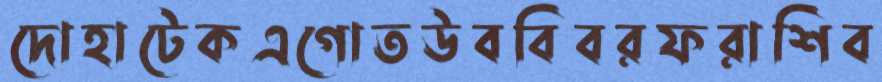
দোহাটেকএগোতউববিবরফরাশিব